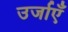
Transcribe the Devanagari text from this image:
उर्जाएँ